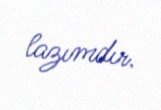
lazımdır.